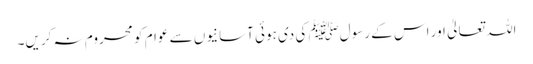
اللہ تعالیٰ اور اس کے رسولﷺ کی دی ہوئی آسانیوں سے عوام کو محروم نہ کریں۔